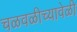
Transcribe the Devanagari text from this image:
चळवळीच्यावेळी